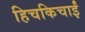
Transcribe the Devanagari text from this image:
हिचकिचाईं